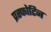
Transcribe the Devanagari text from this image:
प्रस्फोटिन